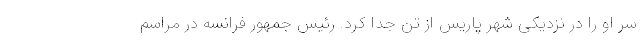
سر او را در نزدیکی شهر پاریس از تن جدا کرد. رئیس جمهور فرانسه در مراسم